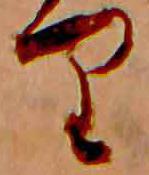
り